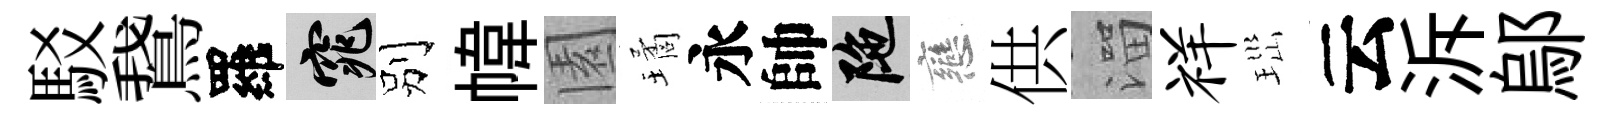
駁鵞羅窕别幃園璚永帥陀戀供溜祥𤤼云泝鄔